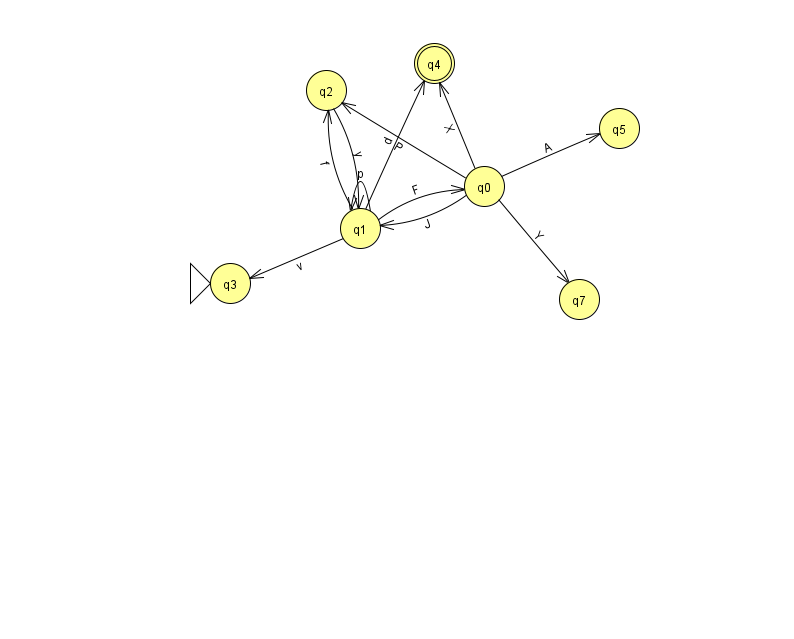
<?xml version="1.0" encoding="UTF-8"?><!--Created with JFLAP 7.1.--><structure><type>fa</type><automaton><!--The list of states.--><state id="0" name="q0"><x>484.0</x><y>173.0</y></state><state id="1" name="q1"><x>360.0</x><y>215.0</y></state><state id="2" name="q2"><x>326.0</x><y>77.0</y></state><state id="3" name="q3"><x>230.0</x><y>270.0</y><initial/></state><state id="4" name="q4"><x>434.0</x><y>50.0</y><final/></state><state id="5" name="q5"><x>619.0</x><y>115.0</y></state><state id="7" name="q7"><x>579.0</x><y>286.0</y></state><!--The list of transitions.--><transition><from>1</from><to>1</to><read>p</read></transition><transition><from>2</from><to>1</to><read>y</read></transition><transition><from>0</from><to>2</to><read>P</read></transition><transition><from>0</from><to>1</to><read>J</read></transition><transition><from>0</from><to>7</to><read>Y</read></transition><transition><from>1</from><to>3</to><read>v</read></transition><transition><from>1</from><to>0</to><read>F</read></transition><transition><from>0</from><to>4</to><read>X</read></transition><transition><from>0</from><to>5</to><read>A</read></transition><transition><from>1</from><to>2</to><read>f</read></transition><transition><from>1</from><to>4</to><read>d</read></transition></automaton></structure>